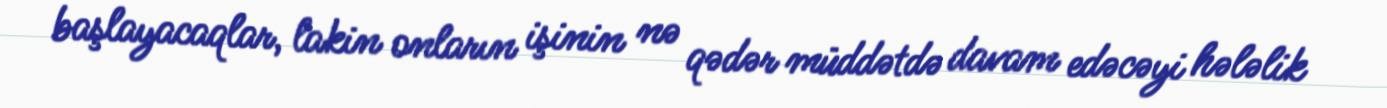
başlayacaqlar, lakin onların işinin nə qədər müddətdə davam edəcəyi hələlik